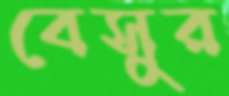
বেসুর